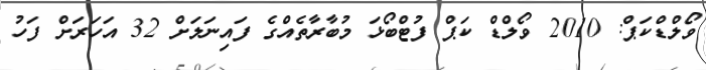
ވޯލްޑްކަޕް: 2010 ވޯލްޑް ކަޕް ފުޓްބޯޅަ މުބާރާތެއްގެ ފައިނަލަށް 32 އަހަރަށް ފަހު